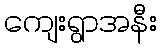
ကျေးရွာအနီး